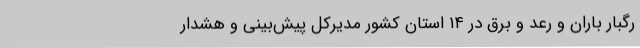
رگبار باران و رعد و برق در ۱۴ استان کشور مدیرکل ‌پیش‌بینی و هشدار